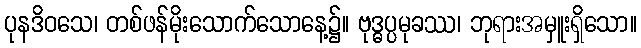
ပုနဒိဝသေ၊ တစ်ဖန်မိုးသောက်သောနေ့၌။ ဗုဒ္ဓပ္ပမုခဿ၊ ဘုရားအမှူးရှိသော။